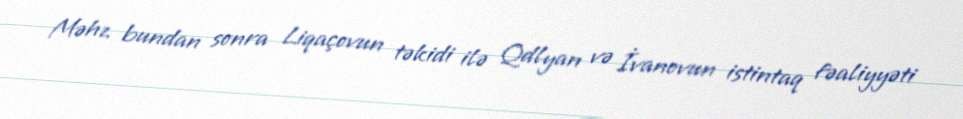
Məhz bundan sonra Liqaçovun təkidi ilə Qdlyan və İvanovun istintaq fəaliyyəti